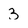
Character: 3